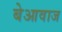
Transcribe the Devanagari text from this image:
बेआवाज